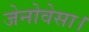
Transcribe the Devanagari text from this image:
जेनोवेसा।